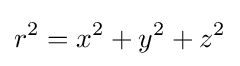
r^{2}=x^{2}+y^{2}+z^{2}